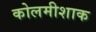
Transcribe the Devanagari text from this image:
कोलमीशाक